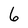
Character: 6